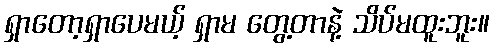
ရှာတော့ရှာပေမယ့် ရှာမ တွေ့တာနဲ့ သိပ်မထူးဘူး။